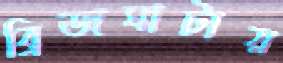
ব্রিজঘাটায়